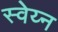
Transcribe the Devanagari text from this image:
स्वेय्न